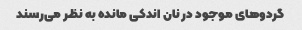
گردوهای موجود در نان اندکی مانده به نظر می‌رسند